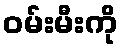
ဝမ်းမီးကို